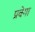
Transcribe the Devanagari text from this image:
प्रवेगा